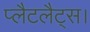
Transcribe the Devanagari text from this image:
प्लैटलैट्स।